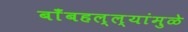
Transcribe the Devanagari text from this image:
बाँबहल्ल्यांमुळे